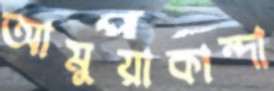
আমুয়াকান্দা